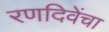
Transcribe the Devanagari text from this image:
रणदिवेंचा